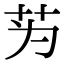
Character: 𫇭